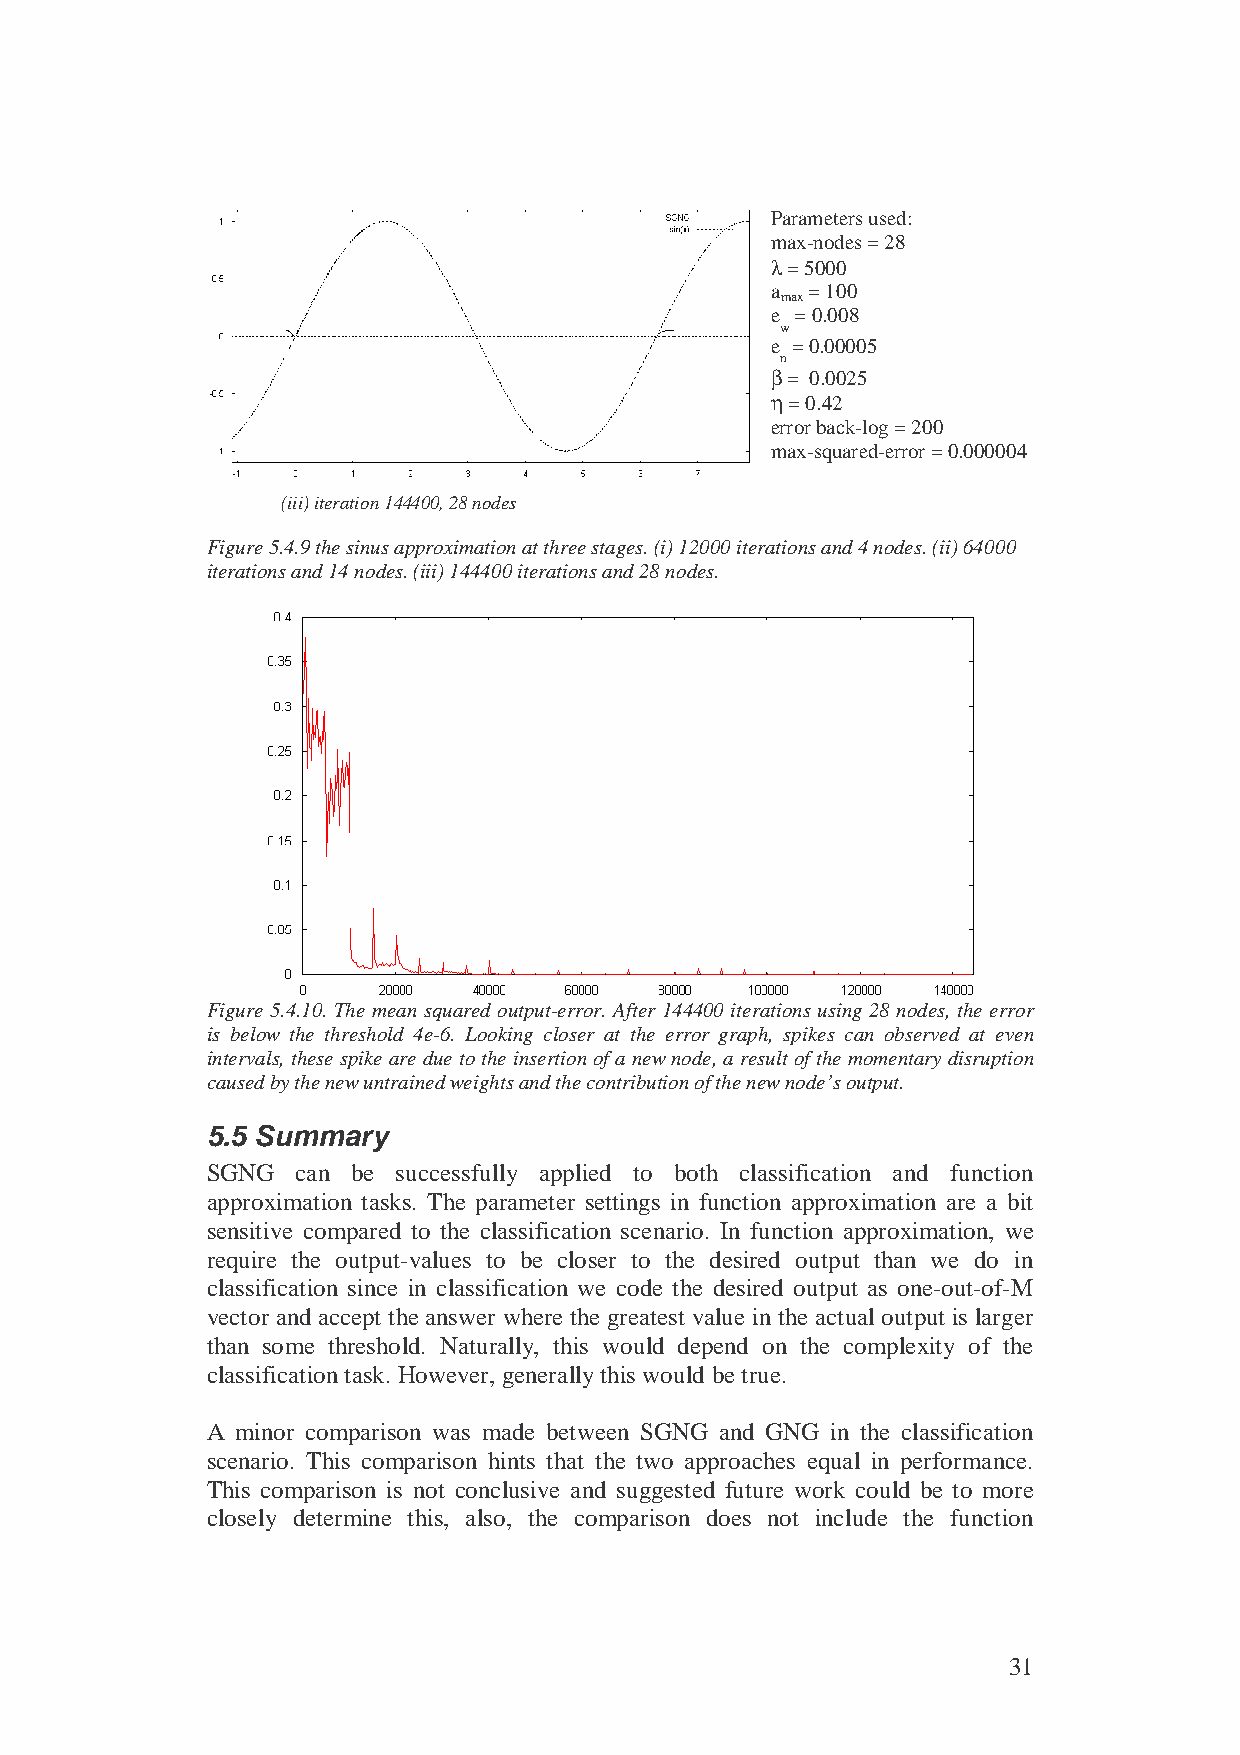
Parameters used:
 max-nodes = 28
 λ = 5000
 a  = 100
 max
 e = 0.008
 w
 e = 0.00005
 n
 β = 0.0025
 η = 0.42
 error back-log = 200
 max-squared-error = 0.000004
 (iii) iteration 144400, 28 nodes
 Figure 5.4.9 the sinus approximation at three stages. (i) 12000 iterations and 4 nodes. (ii) 64000
 iterations and 14 nodes. (iii) 144400 iterations and 28 nodes.
 Figure 5.4.10. The mean squared output-error. After 144400 iterations using 28 nodes, the error
 is below the threshold 4e-6. Looking closer at the error graph, spikes can observed at even
 intervals, these spike are due to the insertion of a new node, a result of the momentary disruption
 caused by the new untrained weights and the contribution of the new node’s output.
 5.5 Summary
 SGNG  can be successfully applied to both classification and function
 approximation tasks. The parameter settings in function approximation are a bit
 sensitive compared to the classification scenario. In function approximation, we
 require the output-values to be closer to the desired output than we do in
 classification since in classification we code the desired output as one-out-of-M
 vector and accept the answer where the greatest value in the actual output is larger
 than some threshold. Naturally, this would depend on the complexity of the
 classification task. However, generally this would be true.
 A minor comparison was made between SGNG and GNG in the classification
 scenario. This comparison hints that the two approaches equal in performance.
 This comparison is not conclusive and suggested future work could be to more
 closely determine this, also, the comparison does not include the function
 31